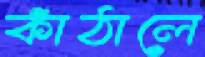
কাঁঠালে